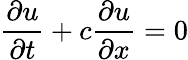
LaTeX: \frac{\partial u}{\partial t}+c\frac{\partial u}{\partial x}=0